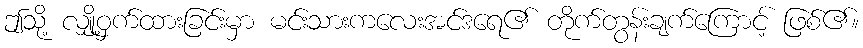
ဤသို့ လျှို့ဝှက်ထားခြင်းမှာ မင်းသားကလေးအင်ဒရေ၏ တိုက်တွန်းချက်ကြောင့် ဖြစ်၏။